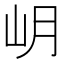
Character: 岄